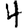
Digit: 4